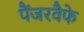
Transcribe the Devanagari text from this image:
पैंजरवैफे